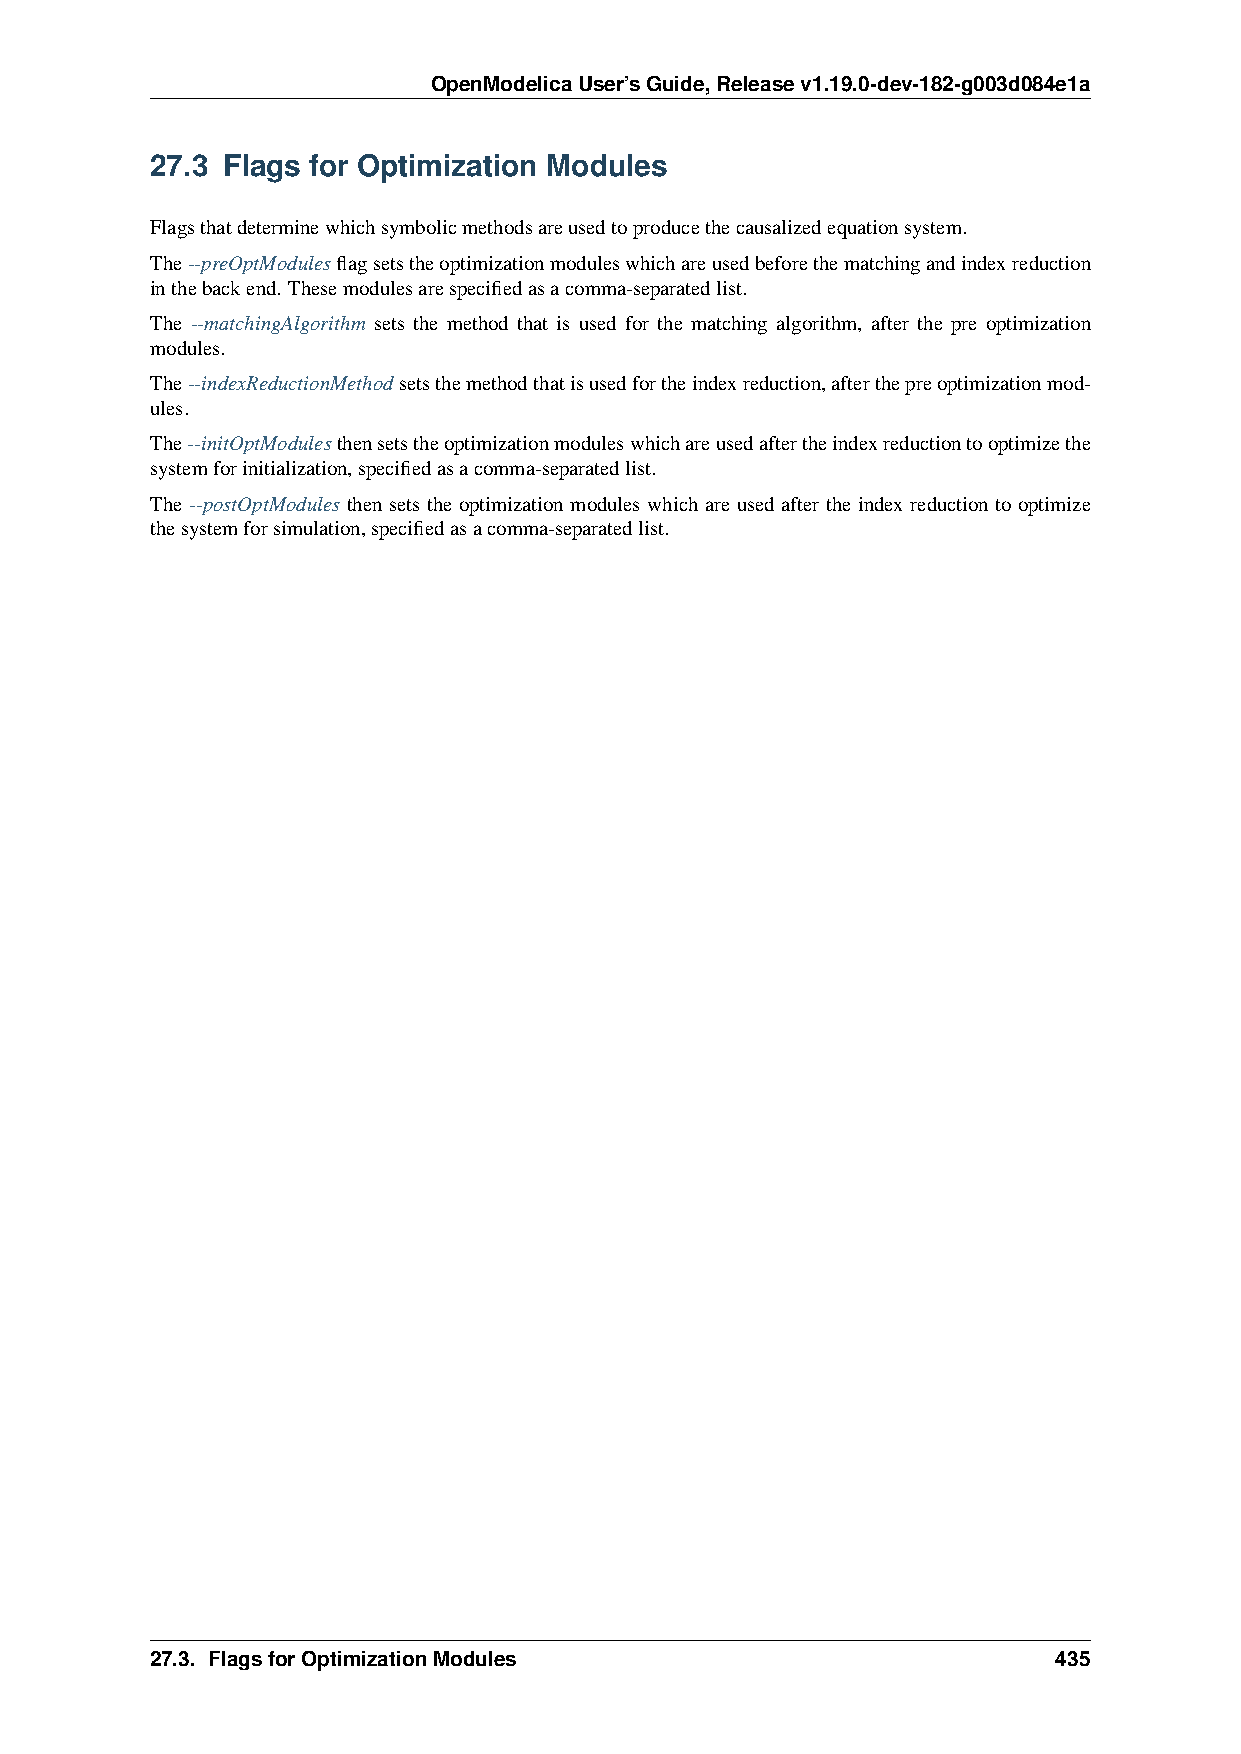
OpenModelicaUser’sGuide,Releasev1.19.0-dev-182-g003d084e1a
 27.3 Flags for Optimization Modules
 Flagsthatdeterminewhichsymbolicmethodsareusedtoproducethecausalizedequationsystem.
 The--preOptModulesflagsetstheoptimizationmoduleswhichareusedbeforethematchingandindexreduction
 inthebackend. Thesemodulesarespecifiedasacomma-separatedlist.
 The --matchingAlgorithm sets the method that is used for the matching algorithm, after the pre optimization
 modules.
 The--indexReductionMethodsetsthemethodthatisusedfortheindexreduction,afterthepreoptimizationmod-
 ules.
 The--initOptModulesthensetstheoptimizationmoduleswhichareusedaftertheindexreductiontooptimizethe
 systemforinitialization,specifiedasacomma-separatedlist.
 The --postOptModules then sets the optimization modules which are used after the index reduction to optimize
 thesystemforsimulation,specifiedasacomma-separatedlist.
 27.3. FlagsforOptimizationModules                           435